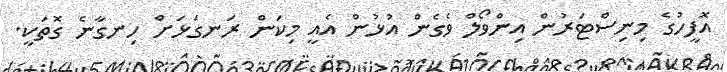
އޮފީހުގެ މިނިސްޓަރުން އިންވޯލް ވެގެން އުޅުން އެއީ މިކަން ރަނގަޅަށް ހިނގާނެ ގޮތަކީ.